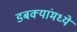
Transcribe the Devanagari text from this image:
डबक्यांमध्ये